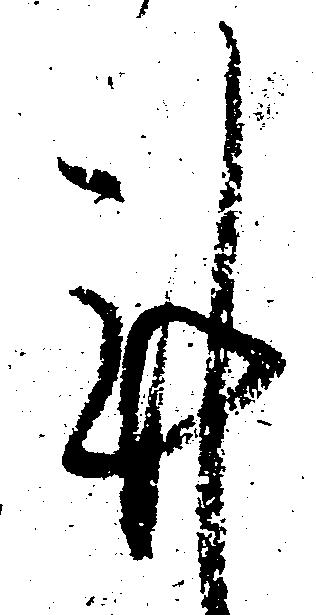
謹